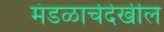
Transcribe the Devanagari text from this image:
मंडळाचेदेखील